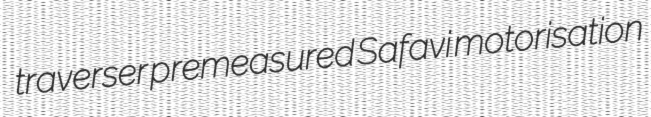
traverser premeasured Safavi motorisation